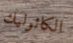
الكاثوليك